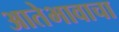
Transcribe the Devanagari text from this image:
आतेभावाचा